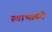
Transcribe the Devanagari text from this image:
स्वाभाव्यो